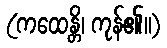
(ကထေန္တိ၊ ကုန်၏။)